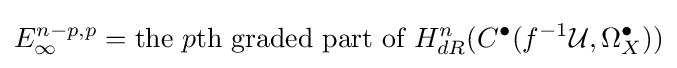
E_{\infty }^{n-p,p}={\text{the }}p{\text{th graded part of }}H_{dR}^{n}(C^{\bullet }(f^{-1}{\mathcal {U}},\Omega _{X}^{\bullet }))